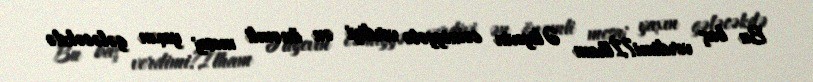
Bu baş verdimi?İlham Əliyevin cəmiyyətə verdiyi ən önəmli mesaj yaxın gələcəkdə